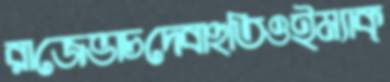
রাজেভাচদেবাহুতিওইম্যাক্